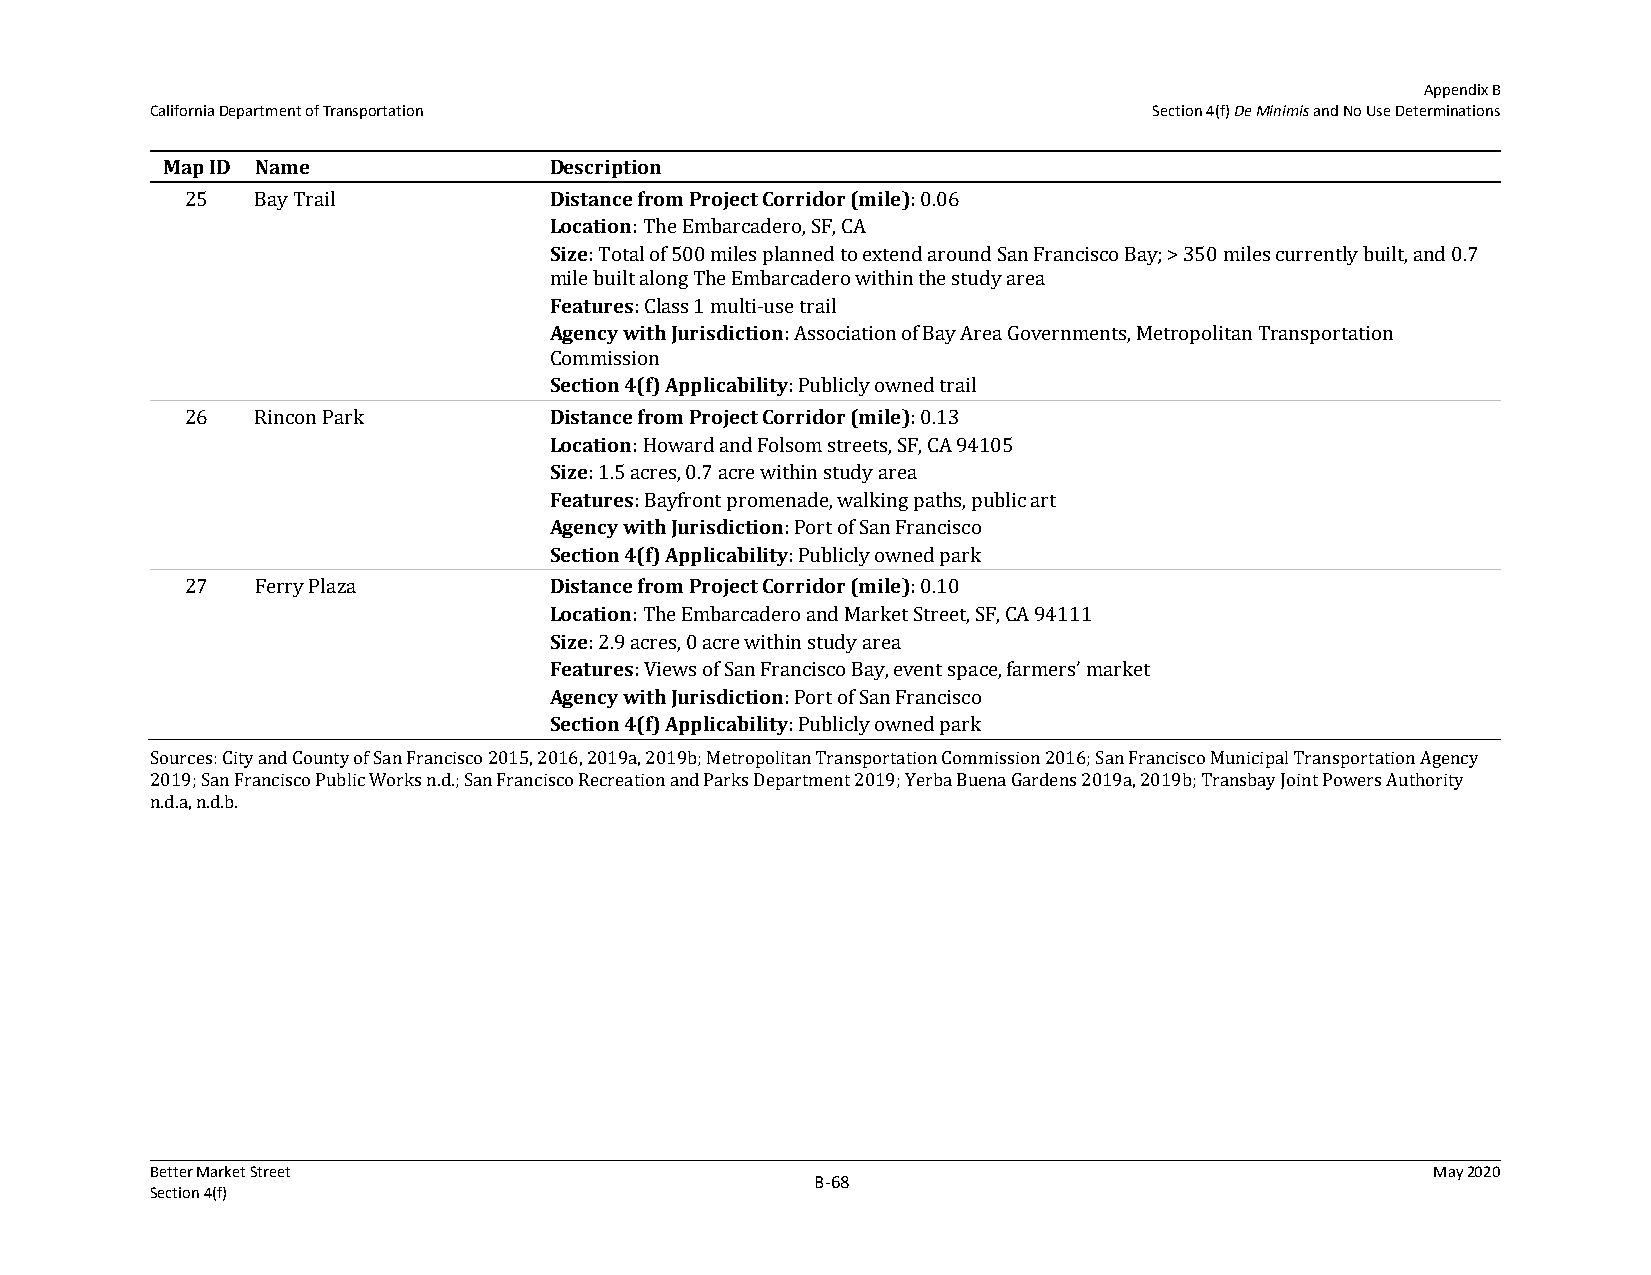
Appendix B
 California Department of Transportation                           Section 4(f) De Minimis and No Use Determinations
 Map ID Name              Description
 25   Bay Trail          Distance from Project Corridor (mile): 0.06
 Location: The Embarcadero, SF, CA
 Size: Total of 500 miles planned to extend around San Francisco Bay; > 350 miles currently built, and 0.7
 mile built along The Embarcadero within the study area
 Features: Class 1 multi-use trail
 Agency with Jurisdiction: Association of Bay Area Governments, Metropolitan Transportation
 Commission
 Section 4(f) Applicability: Publicly owned trail
 26   Rincon Park        Distance from Project Corridor (mile): 0.13
 Location: Howard and Folsom streets, SF, CA 94105
 Size: 1.5 acres, 0.7 acre within study area
 Features: Bayfront promenade, walking paths, public art
 Agency with Jurisdiction: Port of San Francisco
 Section 4(f) Applicability: Publicly owned park
 27   Ferry Plaza        Distance from Project Corridor (mile): 0.10
 Location: The Embarcadero and Market Street, SF, CA 94111
 Size: 2.9 acres, 0 acre within study area
 Features: Views of San Francisco Bay, event space, farmers’ market
 Agency with Jurisdiction: Port of San Francisco
 Section 4(f) Applicability: Publicly owned park
 Sources: City and County of San Francisco 2015, 2016, 2019a, 2019b; Metropolitan Transportation Commission 2016; San Francisco Municipal Transportation Agency
 2019; San Francisco Public Works n.d.; San Francisco Recreation and Parks Department 2019; Yerba Buena Gardens 2019a, 2019b; Transbay Joint Powers Authority
 n.d.a, n.d.b.
 Better Market Street                                                                 May 2020
 B‐68
 Section 4(f)